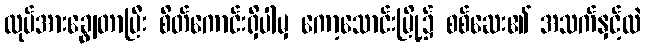
လုပ်အားချွေတာပြီး စိတ်ကောင်းရှိပါမှ ကော့သောင်းမြို့၌ စစ်ဆေး၏ အသက်နှင့်လဲ